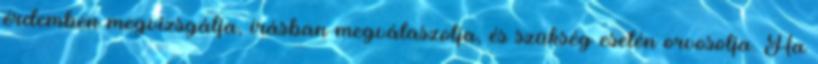
érdemben megvizsgálja, írásban megválaszolja, és szükség esetén orvosolja. Ha